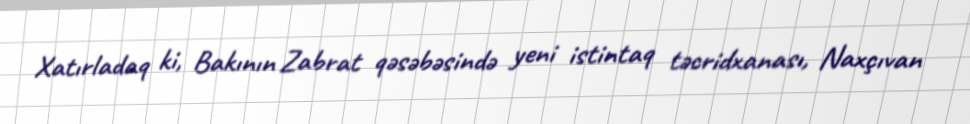
Xatırladaq ki, Bakının Zabrat qəsəbəsində yeni istintaq təcridxanası, Naxçıvan